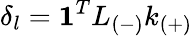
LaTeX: \delta_{l}=\mathbf{1}^{T}L_{(-)}k_{(+)}